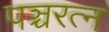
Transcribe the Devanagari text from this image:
पञ्चरत्न